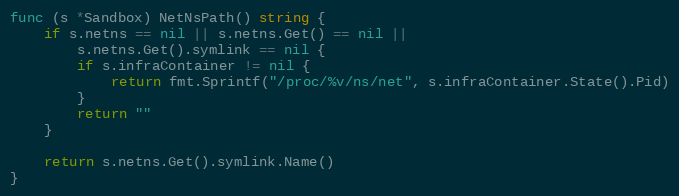
Language: Go
func (s *Sandbox) NetNsPath() string {
	if s.netns == nil || s.netns.Get() == nil ||
		s.netns.Get().symlink == nil {
		if s.infraContainer != nil {
			return fmt.Sprintf("/proc/%v/ns/net", s.infraContainer.State().Pid)
		}
		return ""
	}

	return s.netns.Get().symlink.Name()
}